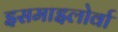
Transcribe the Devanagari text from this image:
इसमाइलोर्वा